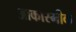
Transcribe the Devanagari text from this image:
आकास्मीक